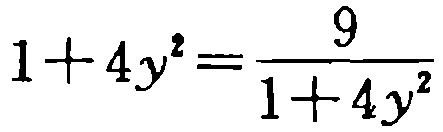
\(1 + 4y^{2}=\frac{9}{1 + 4y^{2}}\)